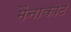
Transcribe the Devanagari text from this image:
मैनाकोट